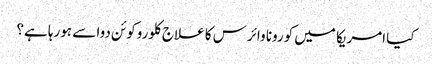
کیا امریکا میں کورونا وائرس کا علاج کلوروکوئن دوا سے ہورہا ہے؟